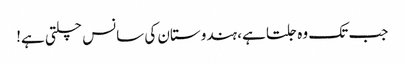
جب تک وہ جلتا ہے، ہندوستان کی سانس چلتی ہے!